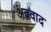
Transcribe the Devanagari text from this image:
अववाद